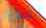
المصور